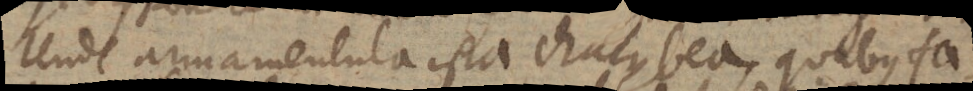
Unde armamentula ista Chalybea, quibus fa